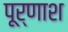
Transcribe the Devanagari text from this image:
पूर्णाश